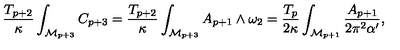
\frac { T _ { p + 2 } } { \kappa } \int _ { \mathcal { M } _ { p + 3 } } C _ { p + 3 } = \frac { T _ { p + 2 } } { \kappa } \int _ { \mathcal { M } _ { p + 3 } } A _ { p + 1 } \wedge \omega _ { 2 } = \frac { T _ { p } } { 2 \kappa } \int _ { \mathcal { M } _ { p + 1 } } \frac { A _ { p + 1 } } { 2 \pi ^ { 2 } \alpha ^ { \prime } } ,